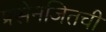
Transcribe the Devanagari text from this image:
प्रसेनजितची